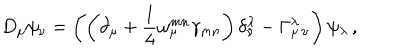
D _ { \mu } \psi _ { \nu } = \left( \left( \partial _ { \mu } + \frac { 1 } { 4 } \omega _ { \mu } ^ { m n } \gamma _ { m n } \right) \delta _ { \nu } ^ { \lambda } - \Gamma _ { \mu \, \nu } ^ { \lambda } \right) \psi _ { \lambda } \, ,